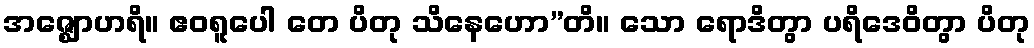
အဇ္ဈောဟရိ။ ဧဝရူပေါ တေ ပိတု သိနေဟော”တိ။ သော ရောဒိတွာ ပရိဒေဝိတွာ ပိတု